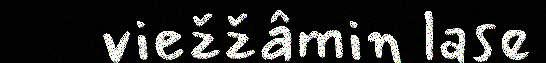
viežžâmin lase